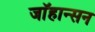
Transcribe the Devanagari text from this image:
जाॅहान्सन